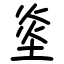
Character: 烾